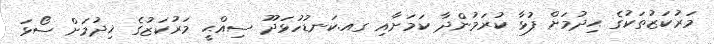
މަރުކަޒުތަކުގެ ޙިދުމަށް ފުޅާ ކުރަމުންދާ ކަމަށާއި ގއ.ކަނޑުހުޅަދޫ ސިއްޙީ މަރުކަޒުގެ ޚިދުމަށް ސޯޅަ